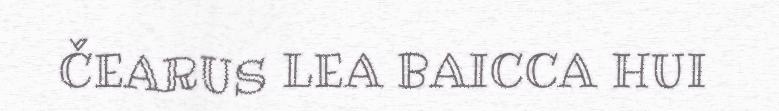
ČEARUS LEA BAICCA HUI